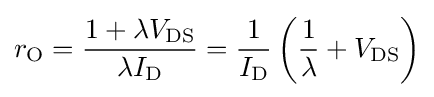
r_{\text{O}}={\frac {1+\lambda V_{\text{DS}}}{\lambda I_{\text{D}}}}={\frac {1}{I_{\text{D}}}}\left({\frac {1}{\lambda }}+V_{\text{DS}}\right)